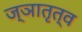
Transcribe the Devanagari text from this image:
ज्ञातृत्व